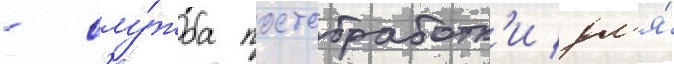
- слу́жба постобработк'и дл'я́